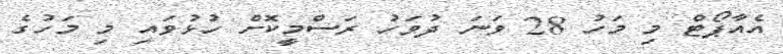
އެއާޕޯޓް މި މަހު 28 ވަނަ ދުވަހު ރަސްމީކޮށް ހުޅުވައި މި މަހުގެ